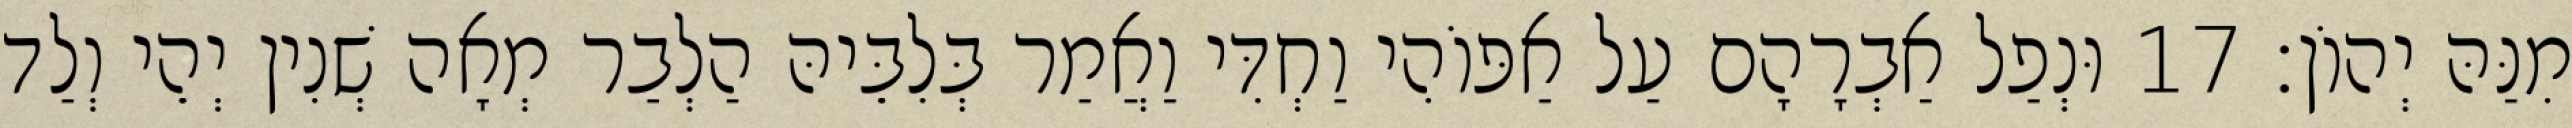
מִנַּהּ יְהוֹן׃ 17 וּנְפַל אַבְרָהָם עַל אַפּוֹהִי וַחְדִּי וַאֲמַר בְּלִבֵּיהּ הַלְבַר מְאָה שְׁנִין יְהֵי וְלַד